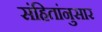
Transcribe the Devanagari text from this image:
संहितांनुसार